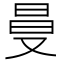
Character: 𠭒